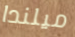
ميلندا